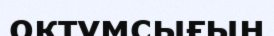
оқтұмсығын